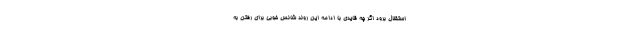
استقلال برود اگر چه قایدی با ادامه این روند شانس خوبی برای رفتن به